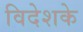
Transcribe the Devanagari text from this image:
विदेशके